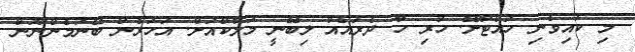
މި ކައިވެނި ހުއްޓާށޭ. ހުރި ހާ ދެރައެއް ލިބޭނީ މަލާކްއަށް. އަހަރެން ބޭނުމެންނޫން